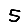
Digit: 5